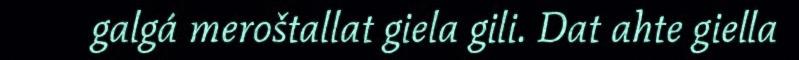
galgá meroštallat giela gili. Dat ahte giella